Punjab Mental Hospital Lahore 1922-31 - 1922-1931
Year: 1922
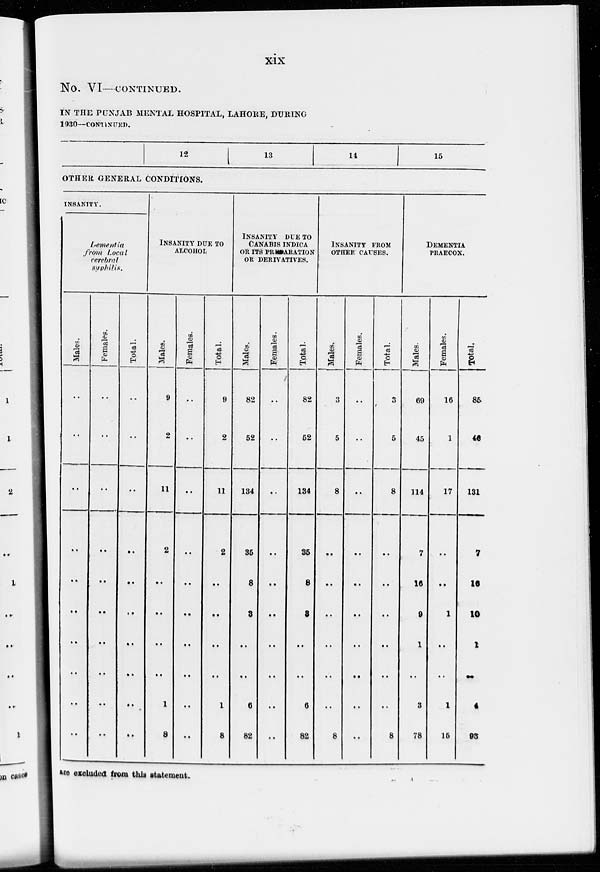
xix
No. VI—CONTINUED.
IN THE PUNJAB MENTAL HOSPITAL, LAHORE, DURING
1930—CONTINUED.
12
13
14
15
OTHER GENERAL CONDITIONS.
INSANITY.
Lementia
from
Local
cerebral
syphilis.
Males.
..
..
..
..
..
..
..
..
..
..
Females.
..
..
..
..
..
..
..
..
..
..
Total.
..
..
..
..
..
..
..
..
..
..
INSANITY DUE TO
ALCOHOL
Males.
9
2
11
2
..
..
..
..
1
8
Females.
..
..
..
..
..
..
..
..
..
..
Total.
9
2
11
2
..
..
..
..
1
8
INSANITY DUE TO
CANABIS INDICA
OR ITS PREPARATION
OR DERIVATIVES.
Males.
82
52
134
35
8
3
..
..
6
82
Females.
..
..
..
..
..
..
..
..
..
..
Total.
82
52
134
35
8
3
..
..
6
82
INSANITY FROM
OTHER CAUSES.
Males.
3
5
8
..
..
..
..
..
..
8
Females.
..
..
..
..
..
..
..
..
..
..
Total.
3
5
8
..
..
..
..
..
..
8
DEMENTIA
PRAECOX.
Males.
69
45
114
7
16
9
1
..
3
78
Females.
16
1
17
..
..
1
..
..
1
15
Total.
85
46
131
7
16
10
1
..
4
93
are excluded from this statement.